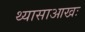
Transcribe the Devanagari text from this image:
थ्यासाआखः